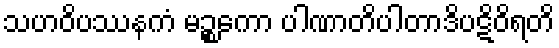
သဟဝိပဿနကံ မဉ္စကော ပါဏာတိပါတာဒိပဋိဝိရတိ